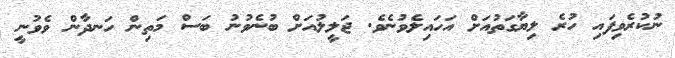
ނުކުރެވިފައި ހުރެ ލިޔާގަތުއަށް އަހައިލެވުނެވެ. ޖަލީލުއަށް ބުނެވުނު ބަސް މަތިން ހަނދާން ވެވުނީ